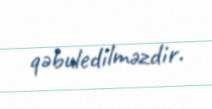
qəbuledilməzdir.